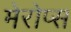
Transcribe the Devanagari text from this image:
मेरोप्स